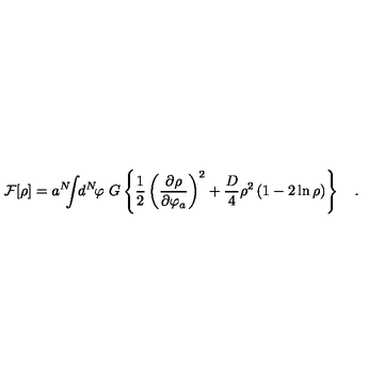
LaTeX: { \cal F } [ \rho ] = a ^ { N } \! \! \! \int \! \! d ^ { N } \! \varphi \ G \left\{ { \frac { 1 } { 2 } } \left( { \frac { \partial \rho } { \partial \varphi _ { a } } } \right) ^ { 2 } + { \frac { D } { 4 } } \rho ^ { 2 } \left( 1 - 2 \ln \rho \right) \right\} \quad .